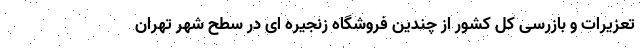
تعزیرات و بازرسی کل کشور از چندین فروشگاه زنجیره ای در سطح شهر تهران